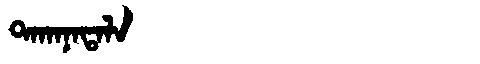
Manchu: ᡨᠠᡴᠠᠨᠠᡨᠠᠯᠠ
Romanization: TAKANATALA